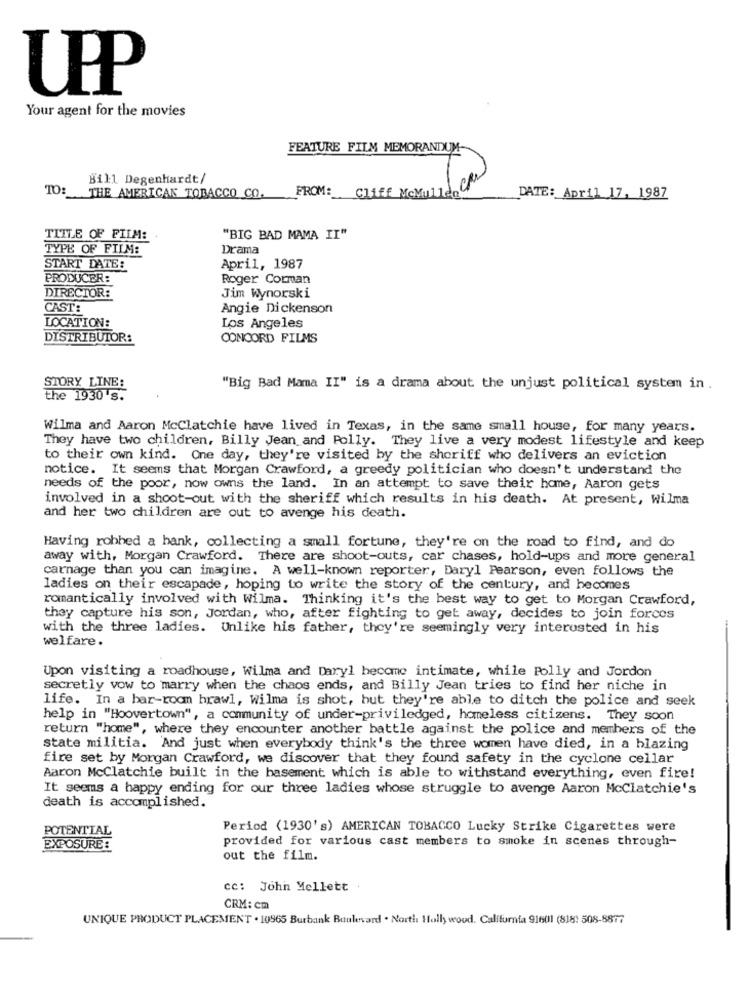
UP
Your agent for the movies
FEATURE FILM MEMORANDUM-
Bill Degenhardt/
10
TO: THE AMERICAN TOBACCO CO.
FROM: Cliff McMullen.
DATE :_ April 17, 1987
TITLE OF FILM:
"BIG BAD MAMA II"
TYPE OF FILM:
Drama
START DATE:
April, 1987
PRODUCER:
Roger Corman
DIRECTOR:
Jim Wynorski
CAST:
Angie Dickenson
LOCATION:
Los Angeles
DISTRIBUTOR:
CONCORD FILMS
STORY LINE:
"Big Bad Mama II" is a drama about the unjust political system in .
the 1930 's.
Wilma and Aaron McClatchie have lived in Texas, in the same small house, for many years.
They have two children, Billy Jean and Polly. They live a very modest lifestyle and keep
to their own kind. One day, they're visited by the sheriff who delivers an eviction
notice. It seems that Morgan Crawford, a greedy politician who doesn't understand the
needs of the poor, now owns the land. In an attempt to save their home, Aaron gets
involved in a shoot-out with the sheriff which results in his death. At present, Wilma
and her two children are out to avenge his death.
Having robbed a bank, collecting a small fortune, they're on the road to find, and do
away with, Morgan Crawford. There are shoot-outs, car chases, hold-ups and more general
carnage than you can imagine. A well-known reporter, Daryl Pearson, even follows the
ladies on their escapade, hoping to write the story of the century, and hecomes
romantically involved with Wilma. Thinking it's the best way to get to Morgan Crawford,
they capture his son, Jordan, who, after fighting to get away, decides to join forces
with the three ladies. Unlike his father, they're seemingly very interested in his
welfare.
Upon visiting a roadhouse, Wilma and Daryl become intimate, while Polly and Jordon
secretly vow to marry when the chaos ends, and Billy Jean tries to find her niche in
life. In a bar-room brawl, Wilma is shot, but they're able to ditch the police and seek
help in "Hoovertown", a community of under-priviledged, homeless citizens. They soon
return "home", where they encounter another battle against the police and members of the
state militia. 'And just when everybody think's the three women have died, in a blazing
fire set by Morgan Crawford, we discover that they found safety in the cyclone cellar
Aaron McClatchie built in the basement which is able to withstand everything, even fire!
It seems a happy ending for our three ladies whose struggle to avenge Aaron McClatchie's
death is accomplished.
POTENTIAL
Period (1930's) AMERICAN TOBACCO Lucky Strike Cigarettes were
provided for various cast members to smoke in scenes through-
EXPOSURE:
out the film.
cc: John Mellett.
CRM: cm
UNIQUE PRODUCT PLACEMENT . 10965 Burbank Boulevard . North Hollywood. California 91601 (818: 508-8877